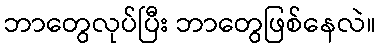
ဘာတွေလုပ်ပြီး ဘာတွေဖြစ်နေလဲ။